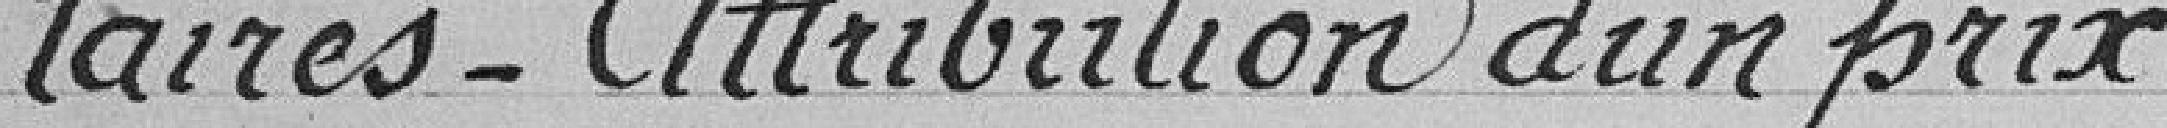
taires. Attribution d'un prix